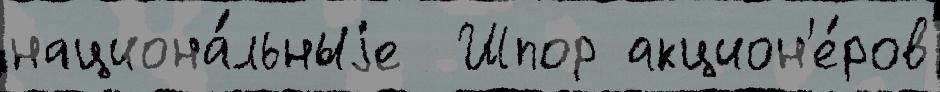
национа́льныjе  Шпор акцион'е́ров